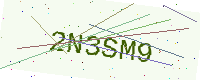
Text: 2N3SM9